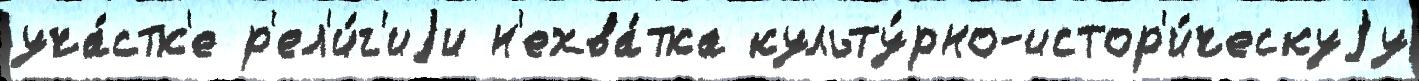
уча́стк'е р'ел'и́г'иjи н'ехва́тка культу́рно-истор'и́ческуjу